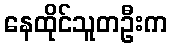
နေထိုင်သူတဦးက